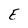
Character: E